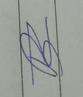
Signature authenticity: forged